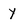
Character: y